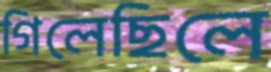
গিলেছিলে